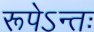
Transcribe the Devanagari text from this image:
रूपेऽन्तः